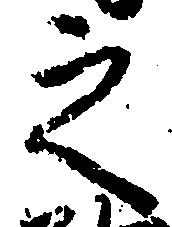
之